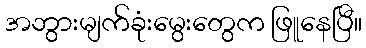
အဘွားမျက်ခုံးမွေးတွေက ဖြူနေပြီ။